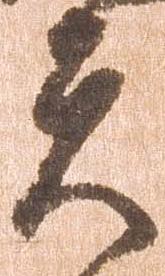
夫